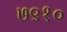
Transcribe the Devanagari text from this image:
७९१०